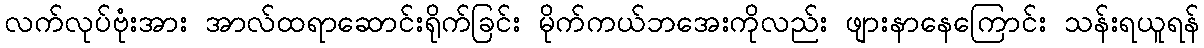
လက်လုပ်ဗုံးအား အာလ်ထရာဆောင်းရိုက်ခြင်း မိုက်ကယ်ဘအေးကိုလည်း ဖျားနာနေကြောင်း သန်းရယူရန်